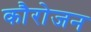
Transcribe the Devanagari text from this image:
कौरोजन